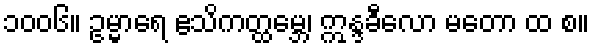
၁၀၀၆။ ဥမ္မာရေ ဧသိကတ္ထမ္ဘေ၊ ဣန္ဒခီလော မတော ထ စ။